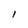
Character: l